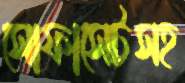
সোফাসেটসহ